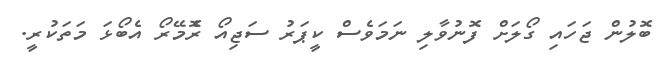
ބޮލުން ޖަހައި ގޯލަށް ފޮނުވާލި ނަމަވެސް ކީޕަރު ސަޖިއޯ ރެޮމޭރޯ އެބޯޅަ މަތަކުރީ.